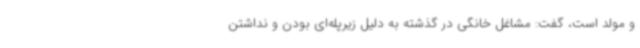
و مولد است، گفت: مشاغل خانگی در گذشته به دلیل زیرپله‌ای بودن و نداشتن